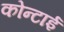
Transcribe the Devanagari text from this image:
कोन्टाई